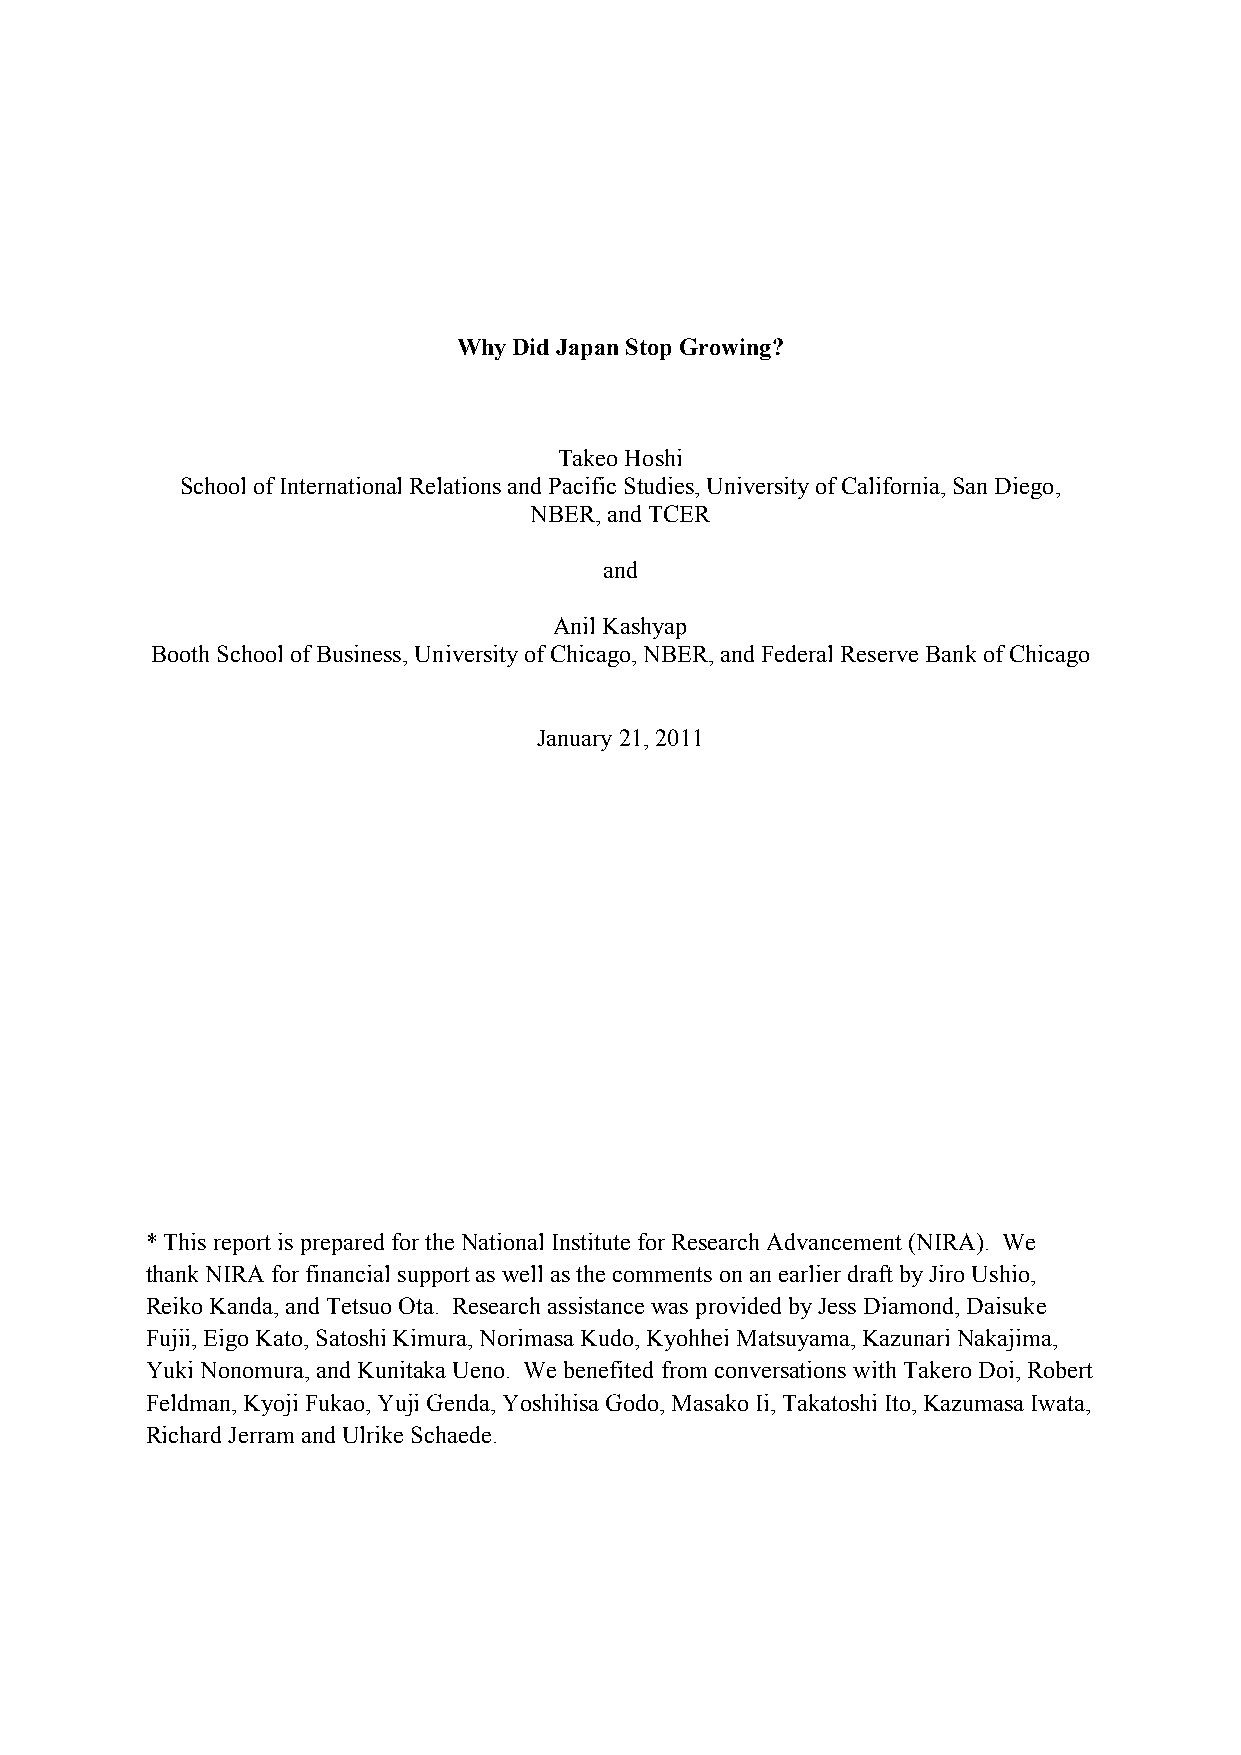
Why Did Japan Stop Growing?
 Takeo Hoshi
 School of International Relations and Pacific Studies, University of California, San Diego,
 NBER, and TCER
 and
 Anil Kashyap
 Booth School of Business, University of Chicago, NBER, and Federal Reserve Bank of Chicago
 January 21, 2011
 * This report is prepared for the National Institute for Research Advancement (NIRA). We
 thank NIRA for financial support as well as the comments on an earlier draft by Jiro Ushio,
 Reiko Kanda, and Tetsuo Ota. Research assistance was provided by Jess Diamond, Daisuke
 Fujii, Eigo Kato, Satoshi Kimura, Norimasa Kudo, Kyohhei Matsuyama, Kazunari Nakajima,
 Yuki Nonomura, and Kunitaka Ueno. We benefited from conversations with Takero Doi, Robert
 Feldman, Kyoji Fukao, Yuji Genda, Yoshihisa Godo, Masako Ii, Takatoshi Ito, Kazumasa Iwata,
 Richard Jerram and Ulrike Schaede.